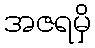
အဇရမှိ